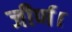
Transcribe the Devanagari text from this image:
जीर्ण।